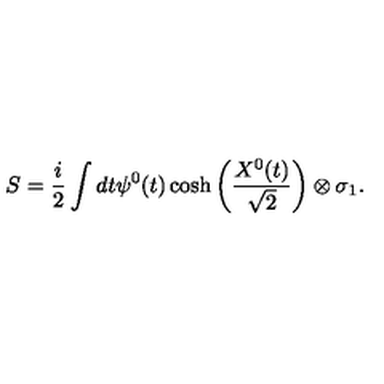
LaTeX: S = \frac { i } { 2 } \int d t \psi ^ { 0 } ( t ) \cosh \left( \frac { X ^ { 0 } ( t ) } { \sqrt { 2 } } \right) \otimes \sigma _ { 1 } .